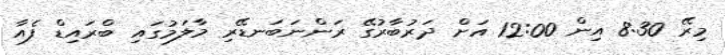
މިރޭ 8:30 އިން 12:00 އަށް ދަރުބާރުގޭ ރަންނަބަނޑޭރި މާލަމުގައި ބްރައިޑް ފެއާ